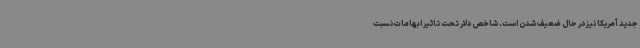
جدید آمریکا نیز در حال ضعیف شدن است. شاخص دلار تحت تاثیر ابهامات نسبت